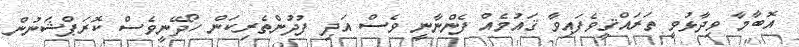
އޮބާމާ ވިދާޅުވީ ތަރައްޤީވެފައިވާ ޤައުމެއް ފެންނާނީ ވެސް އަދި ފުދުންތެރިކަން ހޯދޭނީވެސް ކޮރަޕްޝަނުން